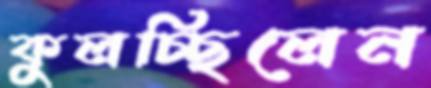
কুলচ্ছিলেন